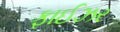
ફાઈઝર